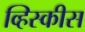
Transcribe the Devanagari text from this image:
व्हिस्कीस